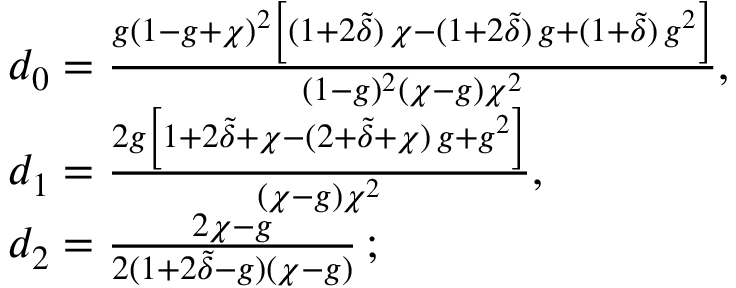
\begin{array} { r l } & { d _ { 0 } = \frac { g ( 1 - g + \chi ) ^ { 2 } \left[ ( 1 + 2 \tilde { \delta } ) \, \chi - ( 1 + 2 \tilde { \delta } ) \, g + ( 1 + \tilde { \delta } ) \, g ^ { 2 } \right] } { ( 1 - g ) ^ { 2 } ( \chi - g ) \chi ^ { 2 } } , } \\ & { d _ { 1 } = \frac { 2 g \left[ 1 + 2 \tilde { \delta } + \chi - ( 2 + \tilde { \delta } + \chi ) \, g + g ^ { 2 } \right] } { ( \chi - g ) \chi ^ { 2 } } , } \\ & { d _ { 2 } = \frac { 2 \chi - g } { 2 ( 1 + 2 \tilde { \delta } - g ) ( \chi - g ) } \, ; } \end{array}